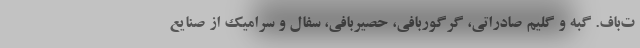
ت‌باف. گبه و گلیم صادراتی، گرگوربافی، حصیربافی، سفال و سرامیک از صنایع